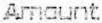
AMOUNT